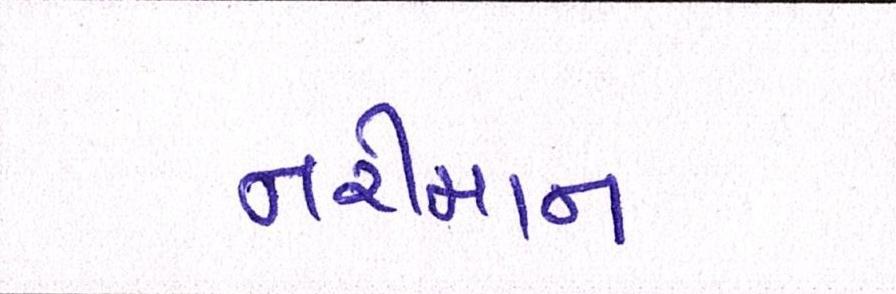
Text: નરીમાન